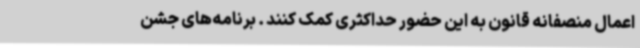
اعمال منصفانه قانون به این حضور حداکثری کمک کنند . برنامه‌های جشن